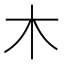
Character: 木